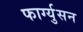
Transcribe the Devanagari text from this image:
फार्ग्युसन